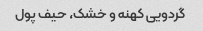
گردویی کهنه و خشک، حیف پول